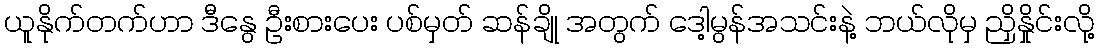
ယူနိုက်တက်ဟာ ဒီနွေ ဦးစားပေး ပစ်မှတ် ဆန်ချို အတွက် ဒေါ့မွန်အသင်းနဲ့ ဘယ်လိုမှ ညှိနှိုင်းလို့